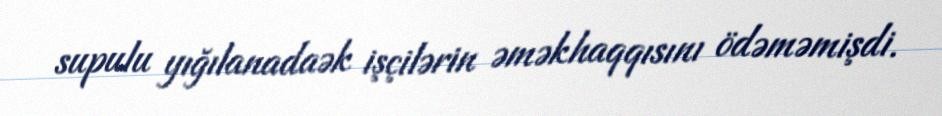
supulu yığılanadaək işçilərin əməkhaqqısını ödəməmişdi.